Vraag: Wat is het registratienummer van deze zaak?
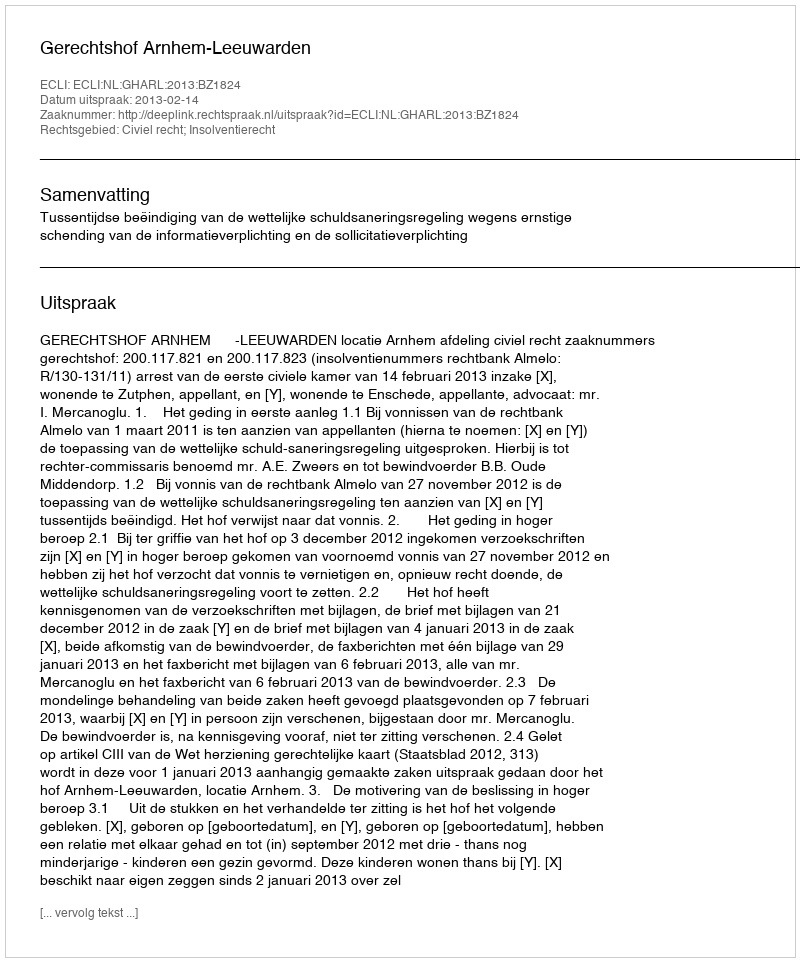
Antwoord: http://deeplink.rechtspraak.nl/uitspraak?id=ECLI:NL:GHARL:2013:BZ1824